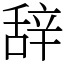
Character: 辞